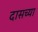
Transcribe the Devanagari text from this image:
दासच्या